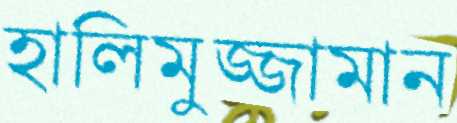
হালিমুজ্জামান